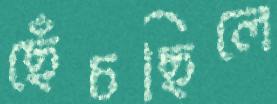
ছেঁচছিলে